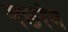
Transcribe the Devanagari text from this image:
मछरंग